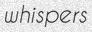
whispers